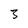
Character: 3